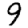
Digit: 9